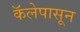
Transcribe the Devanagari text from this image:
कॅलेपासून